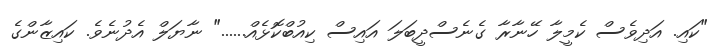
"ކައި. އަދިވެސް ކެމީލާ ހޭނާރާ ގެނެސްދީބަލަ އައިސް ކިއުބްކޮޅެއް......" ނާޔަލް އެދުނެވެ. ކައިޒާންގެ